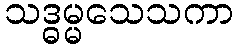
သဒ္ဓမ္မသေသကာ